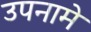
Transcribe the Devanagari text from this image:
उपनामे